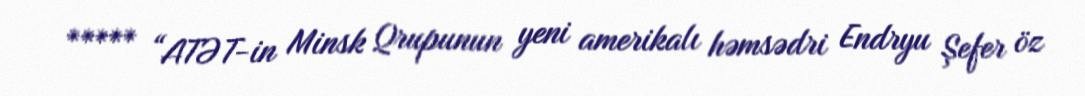
***** “ATƏT-in Minsk Qrupunun yeni amerikalı həmsədri Endryu Şefer öz